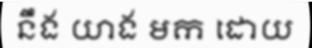
នឹង យាង មក ដោយ